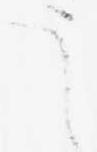
う